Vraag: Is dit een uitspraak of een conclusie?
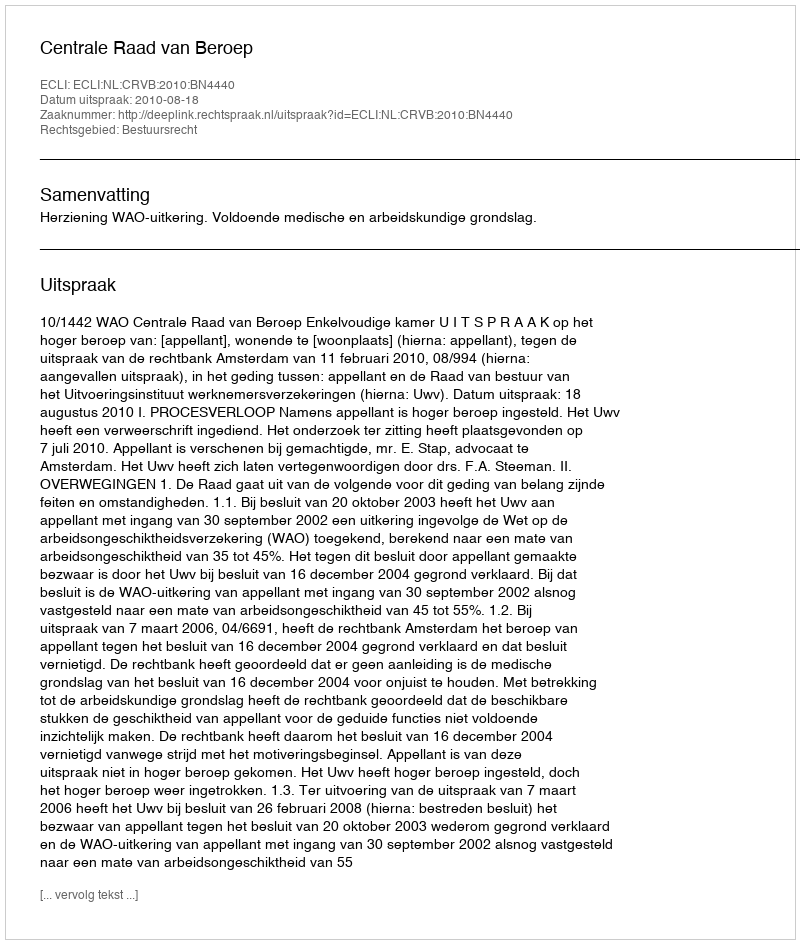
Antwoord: Uitspraak